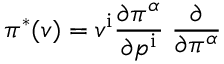
\pi ^ { * } ( v ) = v ^ { \mathrm { i } } { \frac { \partial \pi ^ { \alpha } } { \partial p ^ { \mathrm { i } } } } \; { \frac { \partial } { \partial \pi ^ { \alpha } } }